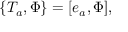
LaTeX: \{ T _ { a } , \Phi \} = [ e _ { a } , \Phi ] ,